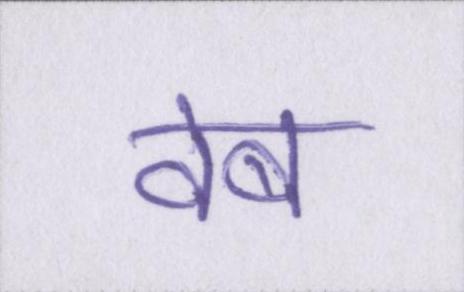
वेब